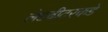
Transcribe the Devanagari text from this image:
लेडबीटरकडे